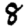
Digit: 8